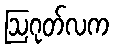
ဩဂုတ်လက